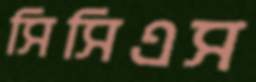
সিসিএস